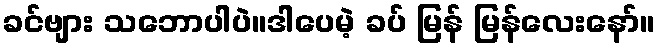
ခင်ဗျား သဘောပါပဲ။ဒါပေမဲ့ ခပ် မြန် မြန်လေးနော်။